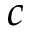
c